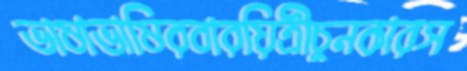
ভাষাভাষিরবারয়িত্রীচুনকারস